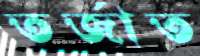
তর্জাত